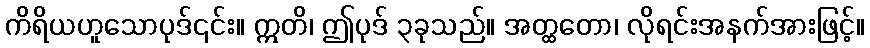
ကိရိယဟူသောပုဒ်၎င်း။ ဣတိ၊ ဤပုဒ် ၃ခုသည်။ အတ္ထတော၊ လိုရင်းအနက်အားဖြင့်။